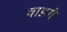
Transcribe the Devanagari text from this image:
वाडगे